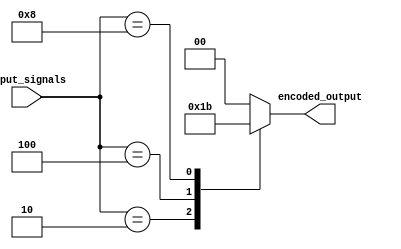
module priority_encoder (
    input [3:0] input_signals,
    output reg [1:0] encoded_output
);

always @(*) begin
    case(input_signals)
        4'b0001: encoded_output = 2'b00;
        4'b0010: encoded_output = 2'b01;
        4'b0100: encoded_output = 2'b10;
        4'b1000: encoded_output = 2'b11;
        default: encoded_output = 2'b00; //default case for no input signals
    endcase
end

endmodule